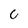
Character: G